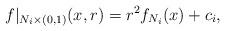
LaTeX: \begin{align*}f|_{N_i\times(0,1)}(x,r)=r^2f_{N_i}(x)+c_i,\end{align*}